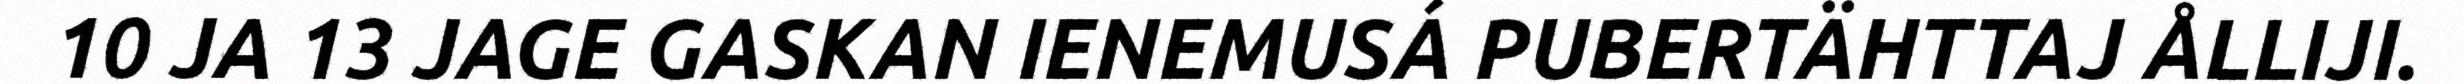
10 JA 13 JAGE GASKAN IENEMUSÁ PUBERTÄHTTAJ ÅLLIJI.